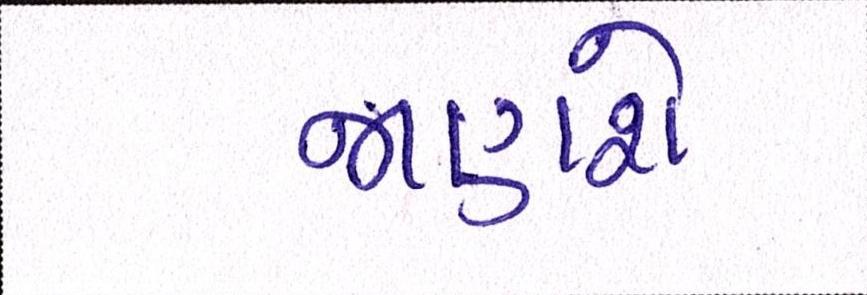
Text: જાણશે